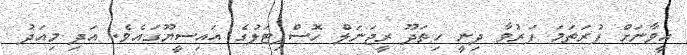
އީވާނަށް ފުރަތަމަ ފަރުވާ ދިނީ ހިތަދޫ ރީޖަނަލް ހޮސްޕިޓަލުގެ އައިސީޔޫގައެވެ. އަދި މިއަދު